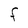
Character: F